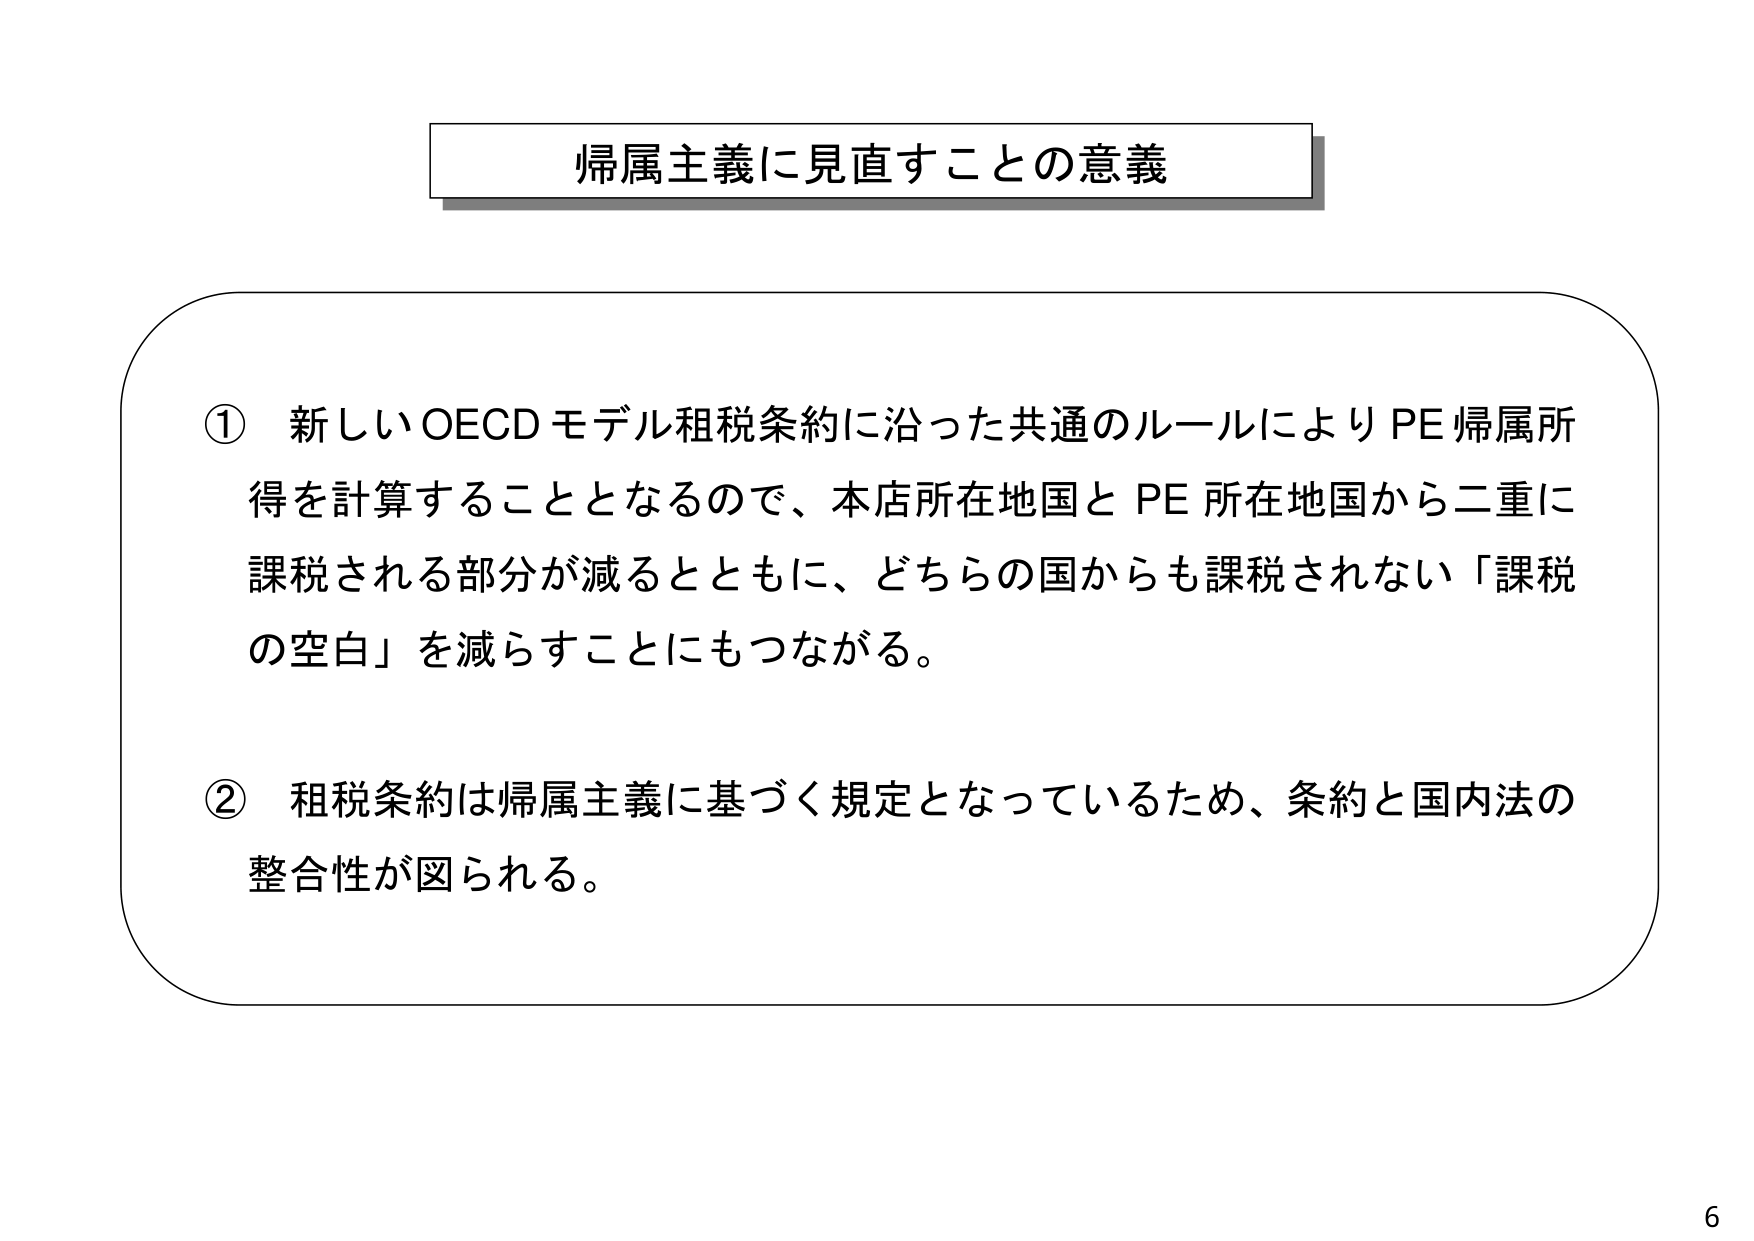
帰属主義に見直すことの意義

① 新しいOECDモデル租税条約に沿った共通のルールによりPE帰属所得を計算することとなるので、本店所在地国とPE所在地国から二重に課税される部分が減るとともに、どちらの国からも課税されない「課税の空白」を減らすことにもつながる。

② 租税条約は帰属主義に基づく規定となっているため、条約と国内法の整合性が図られる。

6